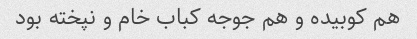
هم کوبیده و هم جوجه کباب خام و نپخته بود